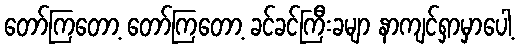
တော်ကြတော့ တော်ကြတော့ ခင်ခင်ကြီးခမျာ နာကျင်ရှာမှာပေါ့